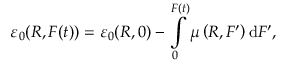
\varepsilon _ { 0 } ( R , F ( t ) ) = \varepsilon _ { 0 } ( R , 0 ) - \intop _ { 0 } ^ { F \left( t \right) } \mu \left( R , F ^ { \prime } \right) \mathrm { d } F ^ { \prime } ,